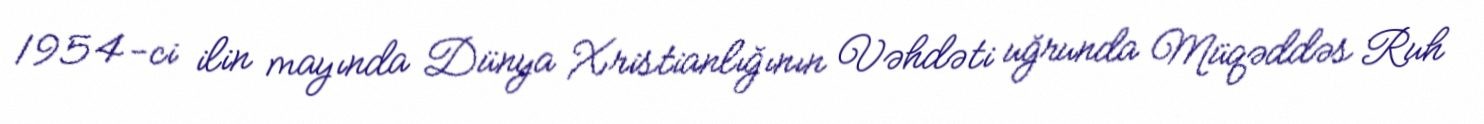
1954-ci ilin mayında Dünya Xristianlığının Vəhdəti uğrunda Müqəddəs Ruh